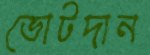
ভোটদান